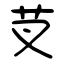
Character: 芆